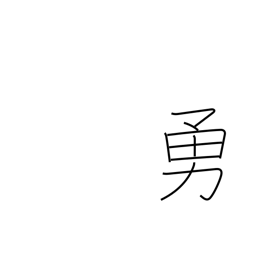
Meaning: be in high spirits